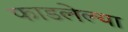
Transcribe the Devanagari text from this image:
फाडलेल्या